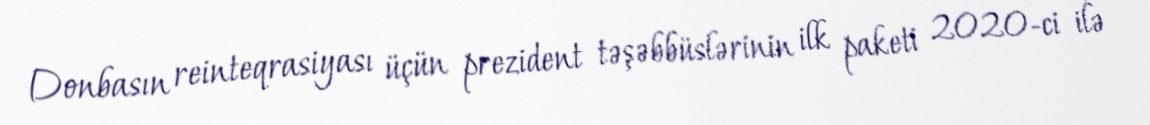
Donbasın reinteqrasiyası üçün prezident təşəbbüslərinin ilk paketi 2020-ci ilə